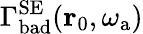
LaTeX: \Gamma_{\mathrm{bad}}^{\mathrm{SE}}(\mathbf{r}_{0},\omega_{\mathrm{a}})